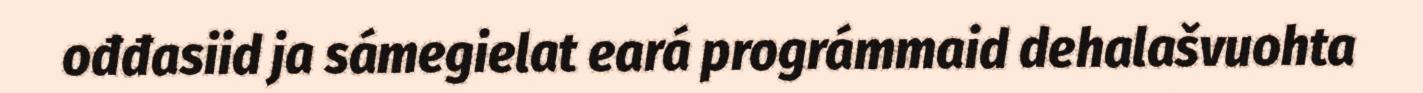
ođđasiid ja sámegielat eará prográmmaid dehalašvuohta